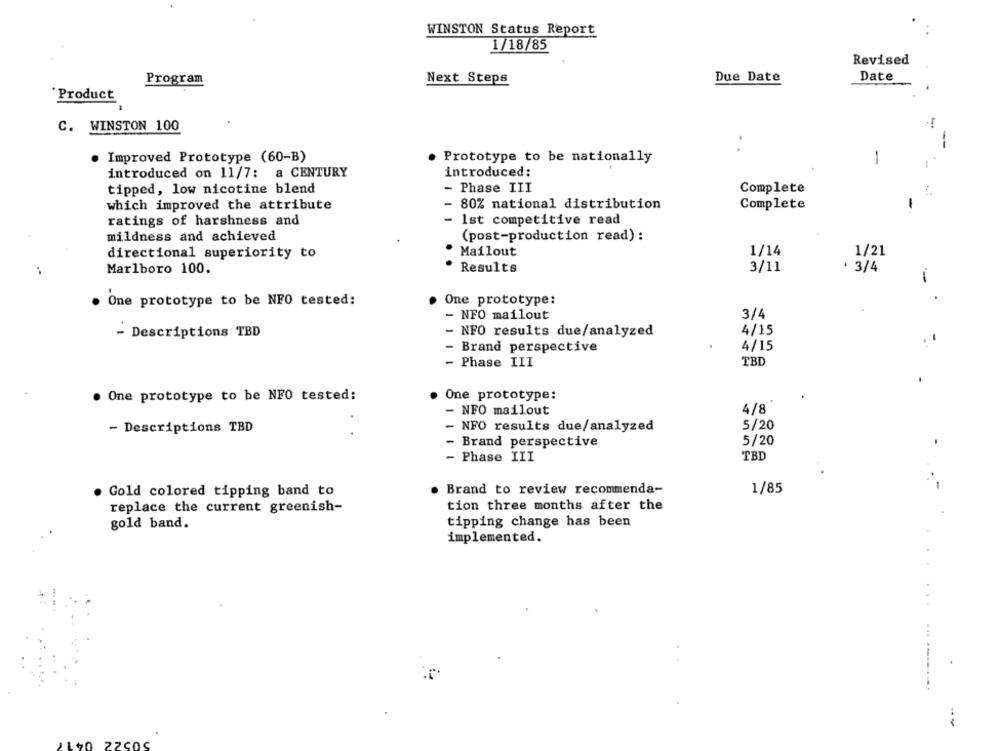
WINSTON Status Report
1/18/85
Revised
Program
Next Steps
Due Date
Date
'Product
C. WINSTON 100
-
· Improved Prototype (60-B)
. Prototype to be nationally
-
introduced on 11/7: a CENTURY
introduced:
- Phase III
tipped, low nicotine blend
Complete
which improved the attribute
- 80% national distribution
Complete
ratings of harshness and
- Ist competitive read
mildness and achieved
(post-production read) :
directional superiority to
Mailout
1/14
1/21
Marlboro 100.
Results
3/11
· 3/4
One prototype to be NFO tested:
One prototype:
- NFO mailout
3/4
4/15
- Descriptions TBD
- NFO results due/analyzed
Brand perspective
4/15
- Phase III
TBD
One prototype to be NFO tested:
One prototype:
- NFO mailout
4/8
- Descriptions TBD
- NFO results due/analyzed
5/20
- Brand perspective
5/20
- Phase III
TBD
Gold colored tipping band to
Brand to review recommenda-
1/85
replace the current greenish-
tion three months after the
gold band.
tipping change has been
implemented.
22COS